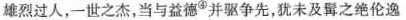
雄烈过人，一世之杰，当与益德^④并驱争先犹未及之绝伦逸